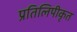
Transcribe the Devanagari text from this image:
प्रतिलिपीकृत